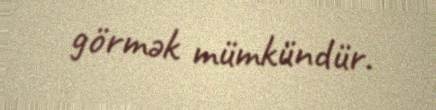
görmək mümkündür.